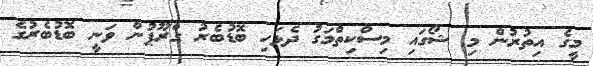
މީގެ އިތުރުން މި ޝޯގައި މިސްކިތްމަގު ދެޅަހި ބޮޑުބެރު ގްރޫޕުން ވަނީ ބޮޑުބެރުގެ